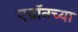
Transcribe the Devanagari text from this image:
एन्रॉनच्या